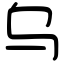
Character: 乌